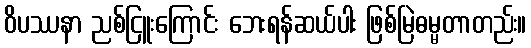
ဝိပဿနာ ညစ်ငြူးကြောင်း ဘေးရန်ဆယ်ပါး ဖြစ်မြဲဓမ္မတာတည်း။